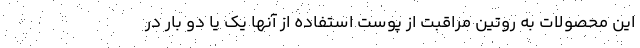
این محصولات به روتین مراقبت از پوست استفاده از آنها یک یا دو بار در